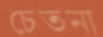
চেতনা